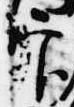
官